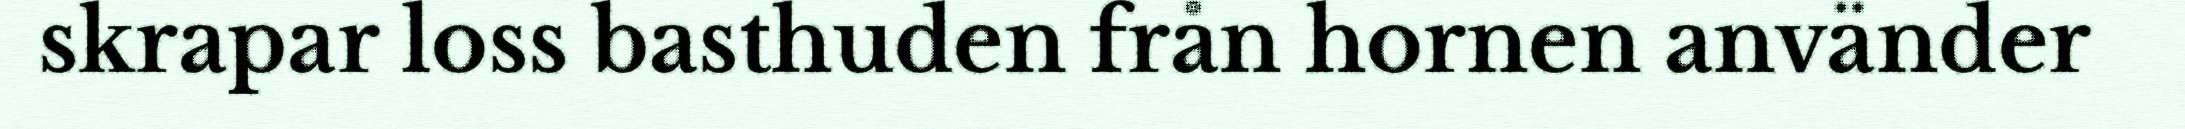
skrapar loss basthuden från hornen använder